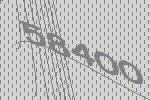
58400